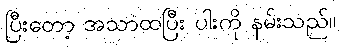
ပြီးတော့ အသာထပြီး ပါးကို နမ်းသည်။